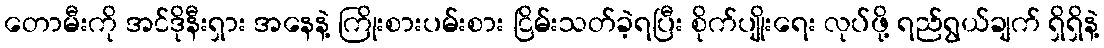
တောမီးကို အင်ဒိုနီးရှား အနေနဲ့ ကြိုးစားပမ်းစား ငြိမ်းသတ်ခဲ့ရပြီး စိုက်ပျိုးရေး လုပ်ဖို့ ရည်ရွယ်ချက် ရှိရှိနဲ့